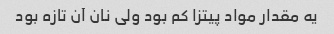
یه مقدار مواد پیتزا کم بود ولی نان آن تازه بود